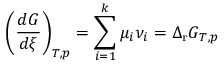
\left( { \frac { d G } { d \xi } } \right) _ { T , p } = \sum _ { i = 1 } ^ { k } \mu _ { i } \nu _ { i } = \Delta _ { \mathrm { r } } G _ { T , p }